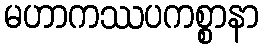
မဟာကဿပကစ္စာနာ